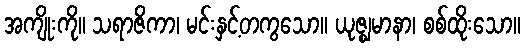
အကျိုးကို။ သရာဇိကာ၊ မင်းနှင့်တကွသော။ ယုဇ္ဈမာနာ၊ စစ်ထိုးသော။